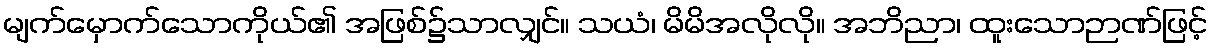
မျက်မှောက်သောကိုယ်၏ အဖြစ်၌သာလျှင်။ သယံ၊ မိမိအလိုလို။ အဘိညာ၊ ထူးသောဉာဏ်ဖြင့်